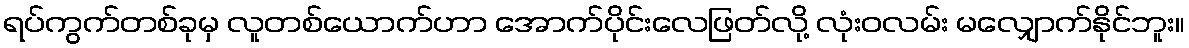
ရပ်ကွက်တစ်ခုမှ လူတစ်ယောက်ဟာ အောက်ပိုင်းလေဖြတ်လို့ လုံးဝလမ်း မလျှောက်နိုင်ဘူး။